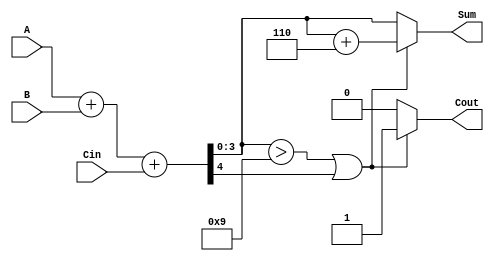
module BCD_Adder (
    input [3:0] A,    // BCD input A
    input [3:0] B,    // BCD input B
    input Cin,        // Carry-in
    output reg [3:0] Sum,  // BCD output Sum
    output reg Cout        // Carry-out
);

    wire [4:0] temp_sum;  // 5-bit sum to hold the result of A + B + Cin
    wire correction_needed; // Signal to indicate if correction is required

    // Step 1: Add the two BCD digits and carry-in
    assign temp_sum = A + B + Cin;

    // Step 2: Check if correction is needed (temp_sum > 9 or carry-out)
    assign correction_needed = (temp_sum[3:0] > 4'b1001) || temp_sum[4];

    // Step 3: Generate the final Sum and Cout
    always @(*) begin
        if (correction_needed) begin
            // If correction is needed, add 6 to the temp_sum
            Sum = temp_sum[3:0] + 4'b0110; // Add 6
            Cout = 1'b1; // Set carry-out
        end else begin
            Sum = temp_sum[3:0]; // No correction needed
            Cout = 1'b0; // No carry-out
        end
    end

endmodule